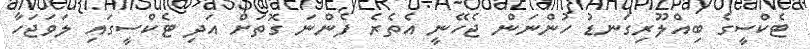
ޓެކްސީގެ ބިއްލޫރިގަނޑު ހުންނަން ޖެހޭނީ އެތެރެ ފެންނަ ގޮތަށް އަދި ޓެކްސީގައި ލަވަޖަހާ